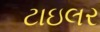
ટાઇલર